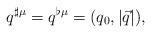
\begin{align*}q^{\sharp \mu }=q^{\flat \mu }=(q_0,\left| \vec{q}\right| ), \end{align*}